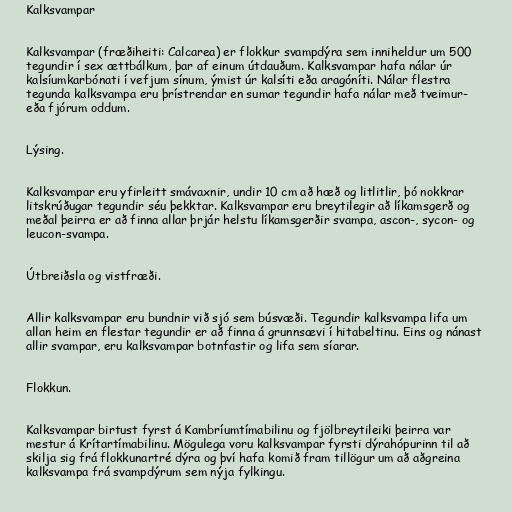
Kalksvampar

Kalksvampar (fræðiheiti: Calcarea) er flokkur svampdýra sem inniheldur um 500
tegundir í sex ættbálkum, þar af einum útdauðum. Kalksvampar hafa nálar úr
kalsíumkarbónati í vefjum sínum, ýmist úr kalsíti eða aragóníti. Nálar flestra
tegunda kalksvampa eru þrístrendar en sumar tegundir hafa nálar með tveimur-
eða fjórum oddum.

Lýsing.

Kalksvampar eru yfirleitt smávaxnir, undir 10 cm að hæð og litlitlir, þó nokkrar
litskrúðugar tegundir séu þekktar. Kalksvampar eru breytilegir að líkamsgerð og
meðal þeirra er að finna allar þrjár helstu líkamsgerðir svampa, ascon-, sycon- og
leucon-svampa.

Útbreiðsla og vistfræði.

Allir kalksvampar eru bundnir við sjó sem búsvæði. Tegundir kalksvampa lifa um
allan heim en flestar tegundir er að finna á grunnsævi í hitabeltinu. Eins og nánast
allir svampar, eru kalksvampar botnfastir og lifa sem síarar.

Flokkun.

Kalksvampar birtust fyrst á Kambríumtímabilinu og fjölbreytileiki þeirra var
mestur á Krítartímabilinu. Mögulega voru kalksvampar fyrsti dýrahópurinn til að
skilja sig frá flokkunartré dýra og því hafa komið fram tillögur um að aðgreina
kalksvampa frá svampdýrum sem nýja fylkingu.